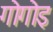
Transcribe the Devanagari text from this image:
गोगोइ